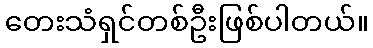
တေးသံရှင်တစ်ဦးဖြစ်ပါတယ်။